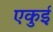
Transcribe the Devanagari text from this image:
एकुई